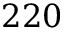
2 2 0